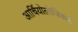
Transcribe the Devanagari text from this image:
आर्चियोलोजिकल